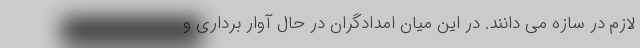
لازم در سازه می دانند. در این میان امدادگران در حال آوار برداری و